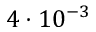
4 \cdot 1 0 ^ { - 3 }